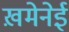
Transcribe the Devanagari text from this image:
ख़मेनेई